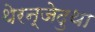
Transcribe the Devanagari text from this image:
थेरन्जेदुथा